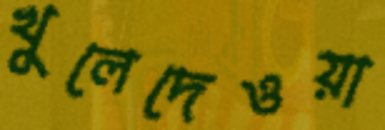
খুলেদেওয়া